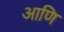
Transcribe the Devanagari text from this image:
आणि